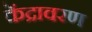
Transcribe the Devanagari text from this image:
केंद्रावरण